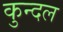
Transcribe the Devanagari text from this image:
कुन्दल